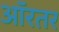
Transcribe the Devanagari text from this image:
ऑरतर